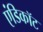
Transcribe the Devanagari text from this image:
एंडिकॉट